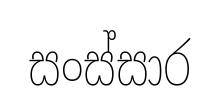
සංස්සාර